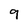
Character: 9